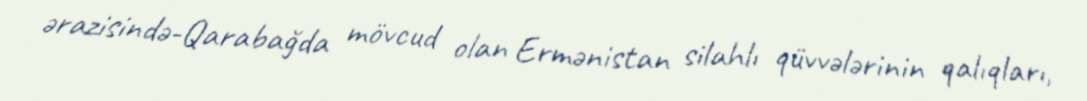
ərazisində-Qarabağda mövcud olan Ermənistan silahlı qüvvələrinin qalıqları,